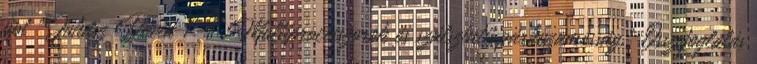
ppt "Juhász Dávid 1 1 Multiprocesszorok és szálszintű párhuzamosság." Összefoglalás